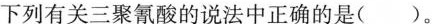
下列有关三聚氰酸的说法中正确的是( )。